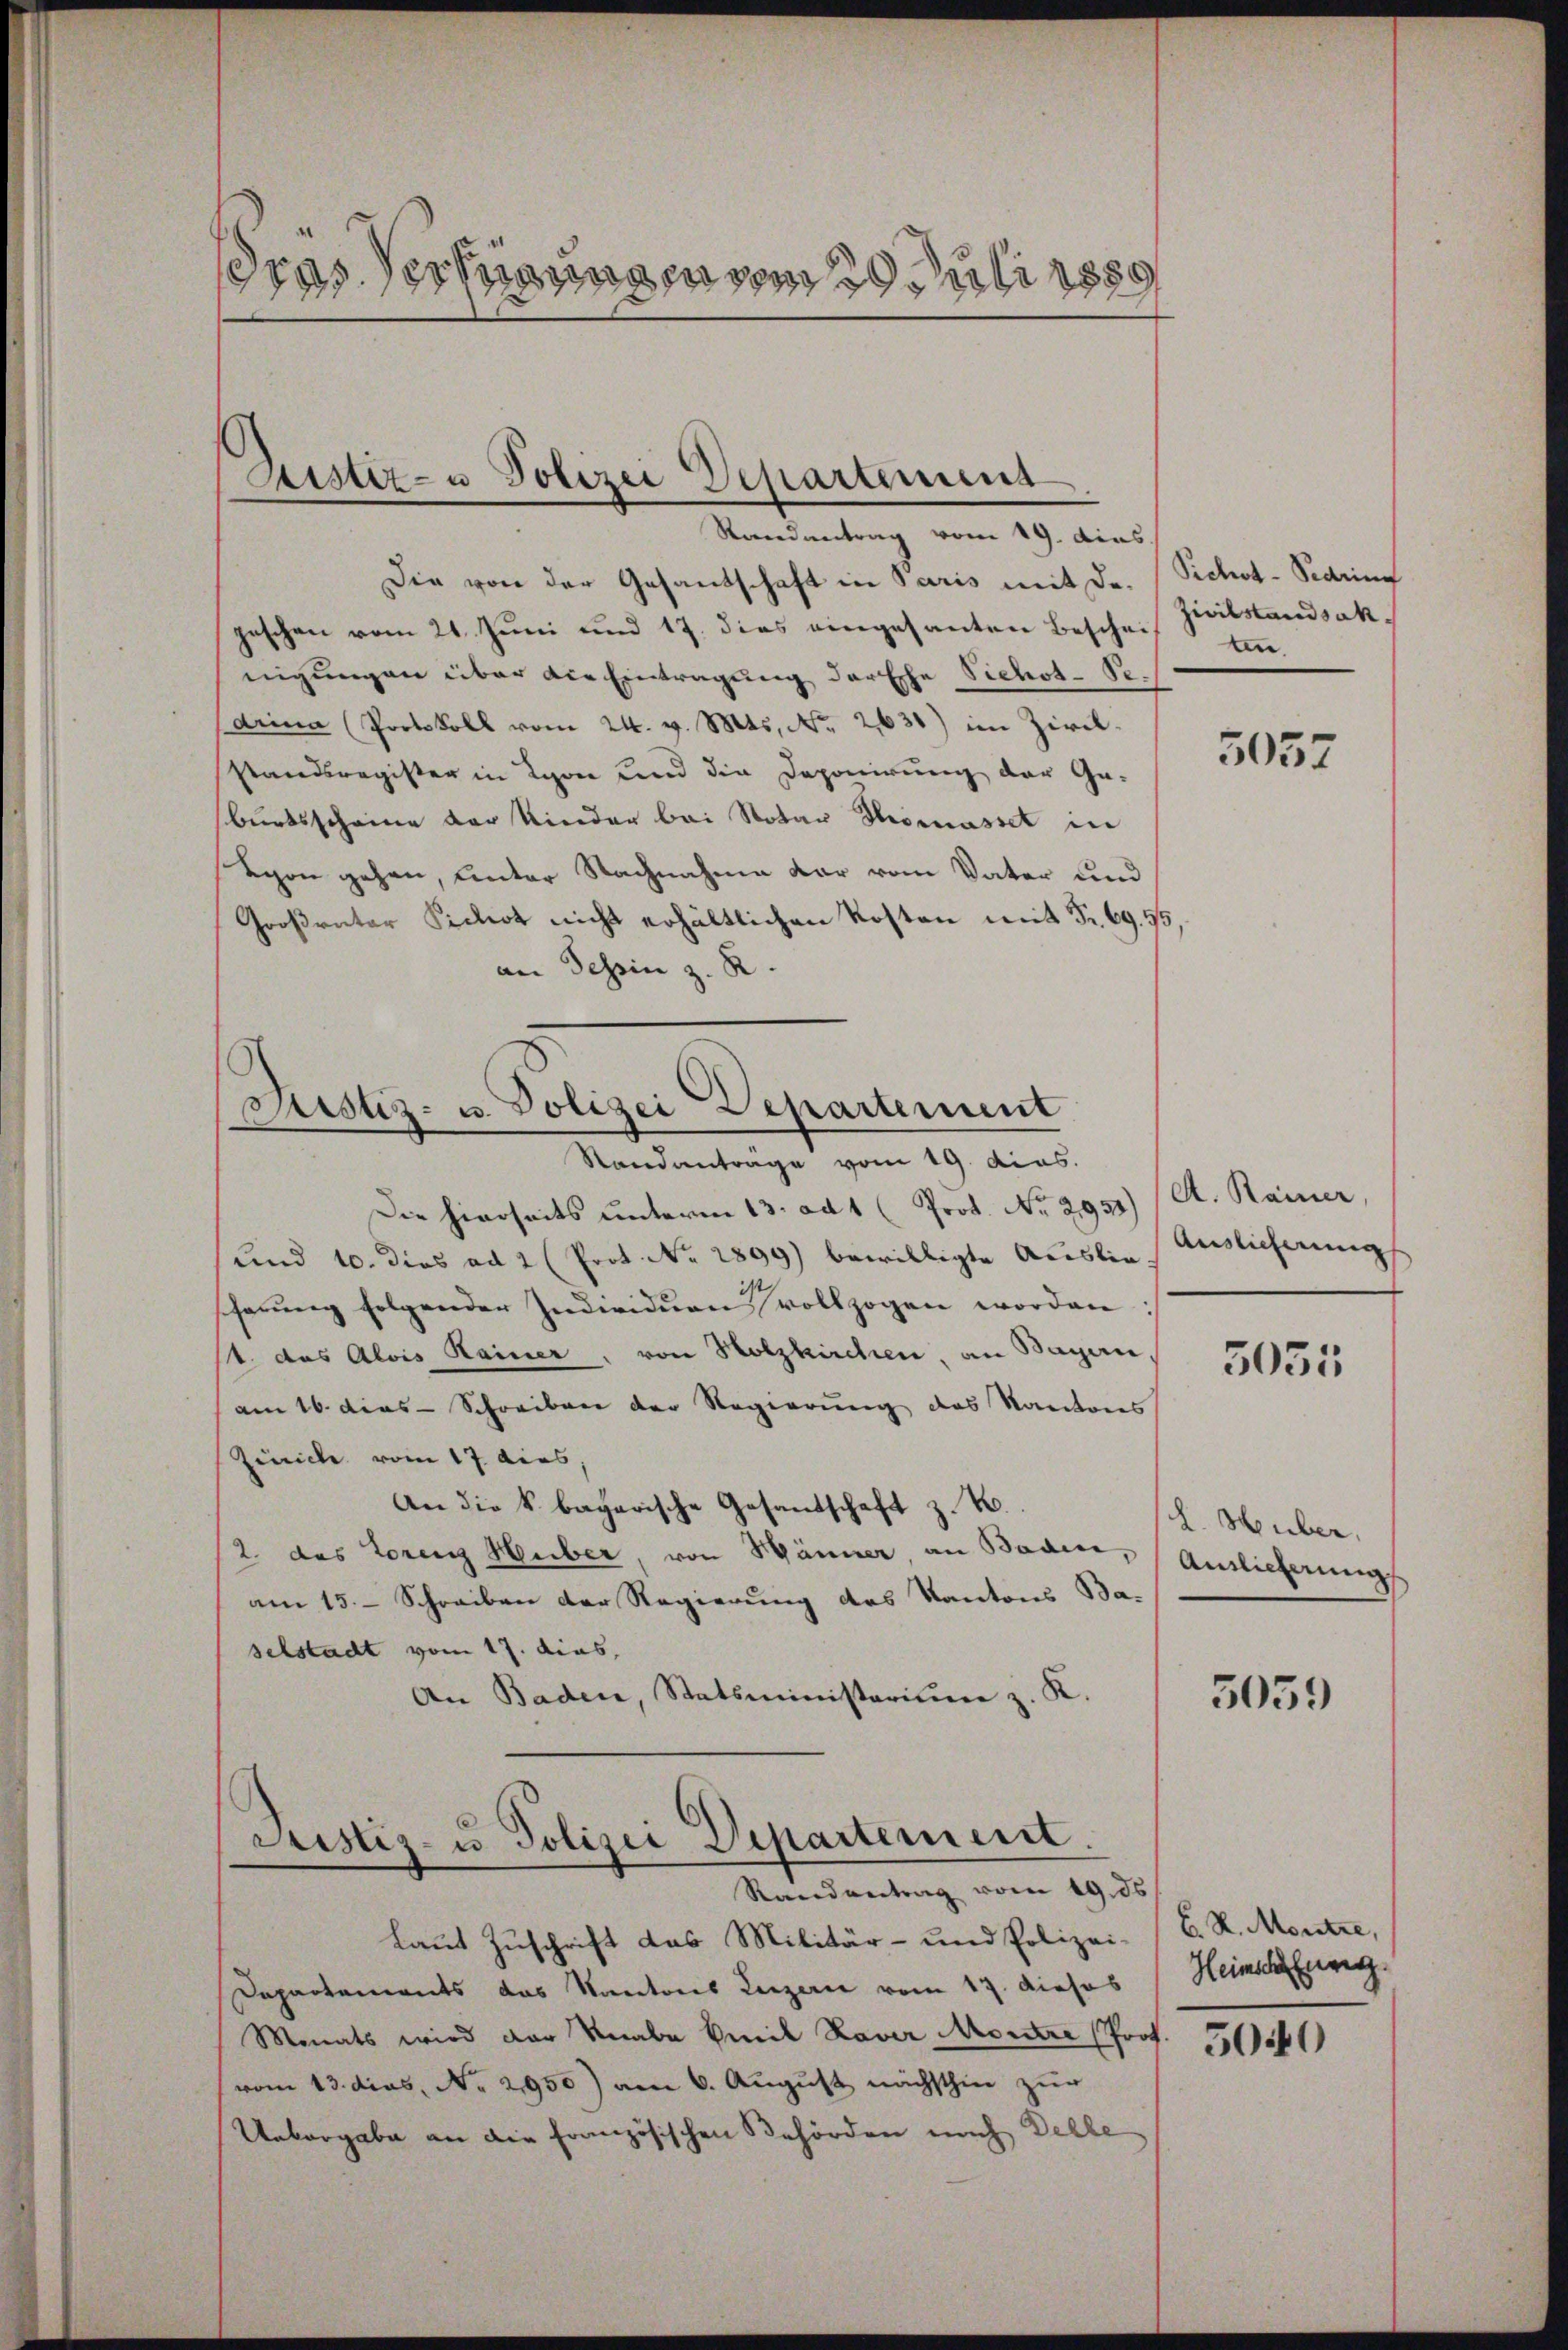
dras Versannen um 2 Juli 1889

Sistiz- u Polizei Departemens
Randantrag vom 19. dies

Die von der Gesandschaft in Paris mit Dr. Sichot-Pedring
geschen vom 21. Juni und 17. dies eingesanten Beschein Zivilstandsak,
nigungen über die Eintragung der Esche Sichot- Se.
Arina Portokoll vom 24. v. Mts. No. 2631) im Zivilstandsregister in Lyon und die Deponirung der Geburtsscheine der Kinder bei Notar Thomasset in
Lyon gehen, unter Nachnahme dar vom Vater und
Großrater Sichert nicht erhältlichen Kosten mit Fr. 69. 55
an Tessin z. R

Justiz- u. Polizei Departement

Standantrage vom 19. dies.
Die hierseits unterm 13. ad 1 (Prot. No 2931) (A. Rainer,
und 10. dies ad 2 (Prot. No. 2899) bewilligte Auslieherŭng folgender Individuen vollzogen worden:
1. das Alois Hainer, von Holzkirchen, an Bayern,
am 16. dies - Schreibe der Regierung des Kantons
Zinicke vom 17. dies,
An die k. bagarische Gesandschaft z. B.
2 das Lorenz Huber, von Hänner an Baden, (Anslieferung
am 15. Schreiben der Regierung des Kantons Ba-
selstadt vom 17. dies,
An Baden, Statsministerium z. K.

Justiz- u Polizei Departement.
Randantrag vom 19. ds

ten

Laut Zuschrift das Militär- und Polizei-
Departements das Kantons Luzerne vom 17. Dieses
Monats wird der Knabe Emil Raver Montre Prof.
vom 13. dies, No. 2950) am 6. August nächsthin zur
Uebergabe an die französischen Behörden nach Delle

5057

Auslicherung

3055

L. Huber.

5059

E K. Montre,
Heimschweg

5040